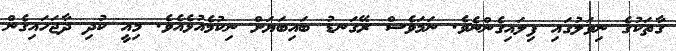
ގާތަކުގެ ނިވަލުގައި ފިލައިގެންނެވެ. ނަމަވެސް ރޭގަނޑު ބައިބަޔަށް ނިކުމެއުޅެއެވެ. މިއީ ކުދި ދާޖަހައިގެން